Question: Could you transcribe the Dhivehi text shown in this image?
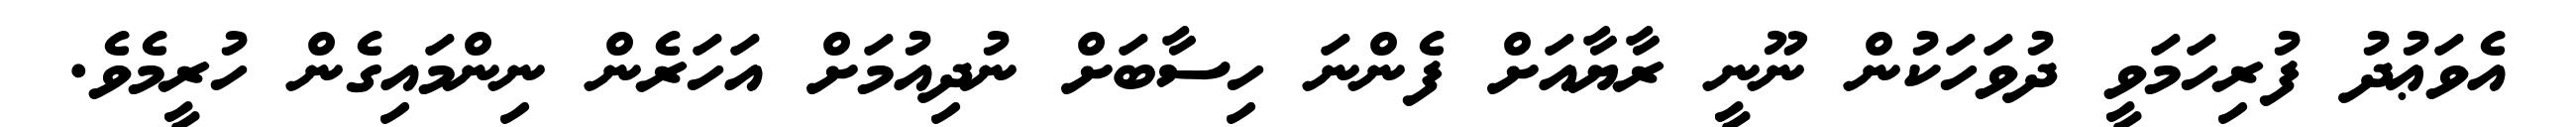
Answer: އެވަޢުދު ފުރިހަމަވީ ދުވަހަކުން ނޫނީ ރާޔާއަށް ފެންނަ ހިސާބަށް ނުދިއުމަށް އަހަރެން ނިންމައިގެން ހުރީމެވެ.